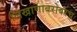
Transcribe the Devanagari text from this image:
लिखाणाबरोबरच